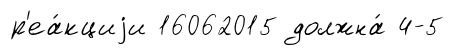
р'еа́кциjи 16062015 должна́ 4-5